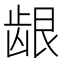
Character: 龈